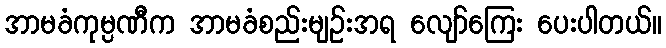
အာမခံကုမ္ပဏီက အာမခံစည်းမျဉ်းအရ လျော်ကြေး ပေးပါတယ်။